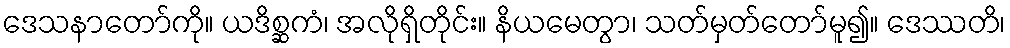
ဒေသနာတော်ကို။ ယဒိစ္ဆကံ၊ အလိုရှိတိုင်း။ နိယမေတွာ၊ သတ်မှတ်တော်မူ၍။ ဒေဿတိ၊